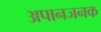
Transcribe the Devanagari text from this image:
अपानजनक